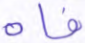
فاه